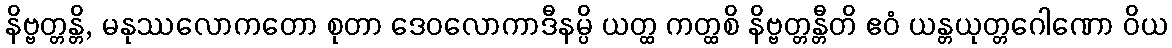
နိဗ္ဗတ္တန္တိ, မနုဿလောကတော စုတာ ဒေဝလောကာဒီနမ္ပိ ယတ္ထ ကတ္ထစိ နိဗ္ဗတ္တန္တီတိ ဧဝံ ယန္တယုတ္တဂေါဏော ဝိယ